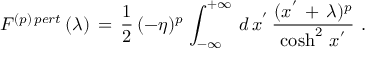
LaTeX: F ^ { ( p ) \, p e r t } \, ( \lambda ) \, = \, \frac { 1 } { 2 } \, ( - \eta ) ^ { p } \, \int _ { - \infty } ^ { + \infty } \, d \, x ^ { ' } \, \frac { ( x ^ { ' } \, + \, \lambda ) ^ { p } } { \cosh ^ { 2 } \, x ^ { ' } } \, \, .